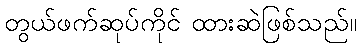
တွယ်ဖက်ဆုပ်ကိုင် ထားဆဲဖြစ်သည်။